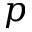
p